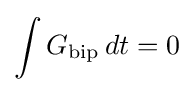
\int G_{\text{bip}}\,dt=0